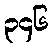
၃၄၆